Annual report of the Imperial Bacteriologist
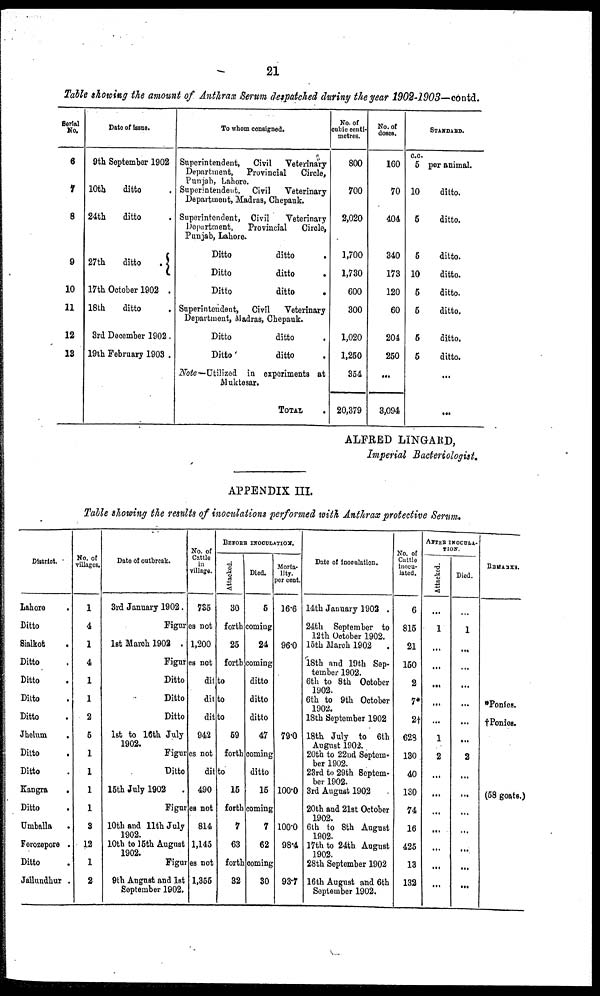
21
Table showing the amount of Anthrax. Serum despatched during the year 1902-1903—contd.
Serial
No.
6
7
8
9
10
11
12
13
Date of issue.
9th September 1902
10th
ditto .
24th
ditto .
27th
ditto . {
17th October 1902 .
18th
ditto .
3rd December 1902.
19th February 1903 .
To whom consigned.
Superintendent, Civil Veterinary
Department, Provincial
Circle,
Punjab, Lahore.
Superintendent, Civil
Veterinary
Department, Madras, Chepauk.
Superintendent, Civil
Veterinary
Department,
Provincial
Circle,
Punjab, Lahore.
Ditto
ditto
.
Ditto
ditto
.
Ditto
ditto
.
Superintendent, Civil Veterinary
Department, Madras, Chepauk.
Ditto
ditto .
Ditto
ditto .
Note-Utilized
in experiments at
Muktesar.
TOTAL .
No. of
cubic centi-
metres.
800
700
2,020
1,700
1,730
600
300
1,020
1,250
354
20,379
No. of
doses.
160
70
404
340
173
120
60
204
250
...
3,094
c.c.
5
10
5
5
10
5
5
5
5
STANDARD.
per animal.
ditto.
ditto.
ditto.
ditto.
ditto.
ditto.
ditto.
ditto.
...
...
ALFRED LINGARD,
Imperial Bacteriologist.
APPENDIX III.
Table showing the results of inoculations performed with Anthrax protective Serum.
District.
Lahore .
Ditto
Sialkot .
Ditto .
Ditto .
Ditto .
Ditto .
Jhelum .
Ditto .
Ditto .
Kangra
.
Ditto .
Umballa
.
Ferozepore .
Ditto .
Jallundhur .
No. of
villages.
1
4
1
4
1
1
2
5
1
1
1
1
3
12
1
2
Date of outbreak.
3rd January 1902.
No. of
Cattle
in
village.
735
BEFORE INOCULATION.
Attacked.
30
Died.
5
Morta-
lity.
pet cent.
16.6
Figures not forth coming
1st March 1902 . 1,200
25
24 96.0
Figures not forth coming
Ditto
Ditto
Ditto
1st to 16th July
1902.
ditto
ditto
ditto
942
59
ditto
ditto
ditto
47 79.0
Figures not forth coming
Ditto
15th July 1902
.
ditto
490
15
ditto
15 100.0
Figures not forth coming
10th and 11th July
1902.
10th to 15th August
1902.
814
1,145
7
63
7
62
100.0
98.4
Figures not forth coming
9th August and 1st
September 1902.
1,355
32
30 93.7
Date of inoculation.
14th January 1902 .
24th September to
12th October 1902.
15th March 1902 .
18th and 19th Sep-
tember 1902.
6th to 8th October
1902.
6th to 9th October
1902.
18th September 1902
18th July to 6th
August 1902.
20th to 22nd Septem-
ber 1902.
23rd to 29th Septem-
ber 1902.
3rd August 1902
20th and 21st October
1902.
6th to 8th August
1902.
17th to 24th August
1902.
28th September 1902
16th August and 6th
September 1902.
No. of
Cattle
inocu-
lated.
6
815
21
150
2
7*
2†
628
130
40
130
74
16
425
13
132
AFTER INOCULA¬
TION.
Attacked.
...
1
...
...
...
...
...
1
2
...
...
...
...
...
...
...
Died.
...
1
...
...
...
...
...
....
2
...
...
...
...
...
...
...
REMARKS.
*Ponies.
†Ponies.
(58 goats.)